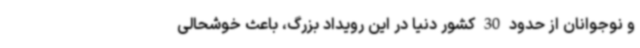
و نوجوانان از حدود 30 کشور دنیا در این‌ رویداد بزرگ، باعث خوشحالی